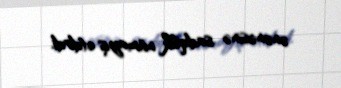
ənənəsinə sadiqlik nümayiş etdirdi.